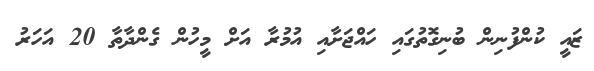
ޒައީ ކުންފުނިން ބުނިގޮތުގައި ހައްޖަށާއި އުމުރާ އަށް މީހުން ގެންދާތާ 20 އަހަރު